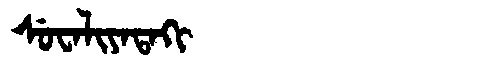
Manchu: ᠰᡠᠸᠠᠯᡳᠶᠠᡨᠠᡴᡳ
Romanization: SUWALIYATAKI